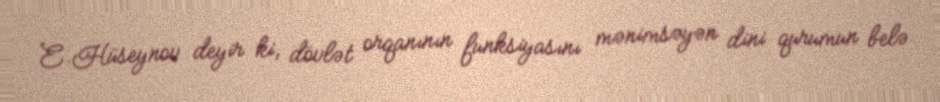
E.Hüseynov deyir ki, dövlət orqanının funksiyasını mənimsəyən dini qurumun belə